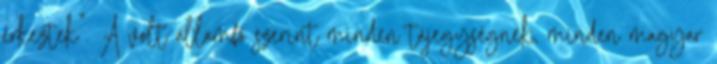
érkeztek". A volt államfő szerint minden tájegységnek, minden magyar